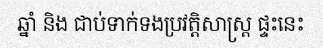
ឆ្នាំ និង ជាប់ទាក់ទងប្រវត្តិសាស្ត្រ ផ្ទះនេះ